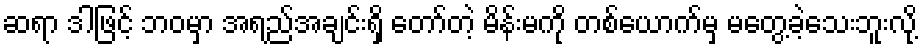
ဆရာ ဒါဖြင့် ဘဝမှာ အရည်အချင်းရှိ တော်တဲ့ မိန်းမကို တစ်ယောက်မှ မတွေ့ခဲ့သေးဘူးလို့